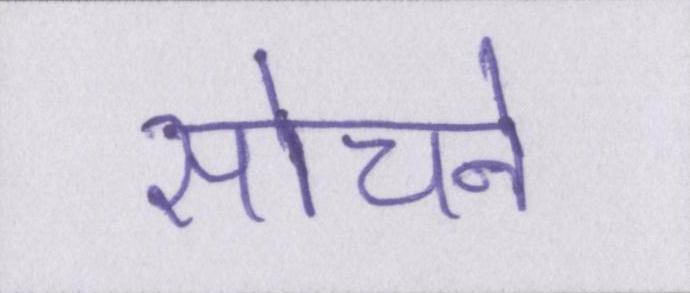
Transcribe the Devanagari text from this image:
सोचने